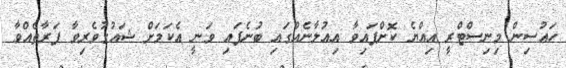
ހައުސިން މިނިސްޓްރީ އިއްޔެ ކޮށްފައިވާ އިއުލާނެއްގައި ބުނެފައި ވަނީ އެކަމަށް ޝައުގުވެރިވާ ފަރާތެއްވާ